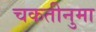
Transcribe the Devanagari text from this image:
चकतीनुमा